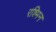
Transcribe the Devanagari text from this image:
रश्मिन